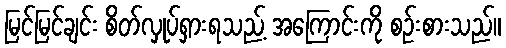
မြင်မြင်ချင်း စိတ်လှုပ်ရှားရသည့် အကြောင်းကို စဉ်းစားသည်။